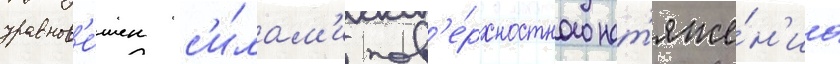
уравнов'е́шен с'и́лам'и пов'е́рхностного нат'яже́н'иа